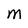
Character: M